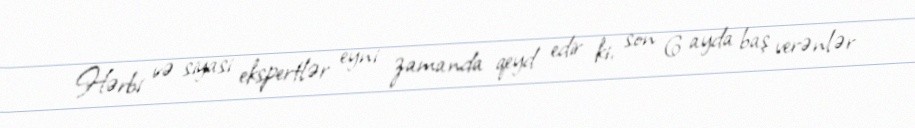
Hərbi və siyasi ekspertlər eyni zamanda qeyd edir ki, son 6 ayda baş verənlər